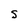
Character: s